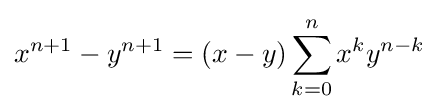
x^{n+1}-y^{n+1}=(x-y)\sum _{k=0}^{n}x^{k}y^{n-k}